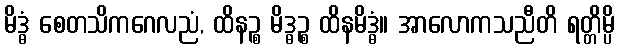
မိဒ္ဓံ စေတသိကဂေလညံ, ထိနဉ္စ မိဒ္ဓဉ္စ ထိနမိဒ္ဓံ။ အာလောကသညီတိ ရတ္တိမ္ပိ